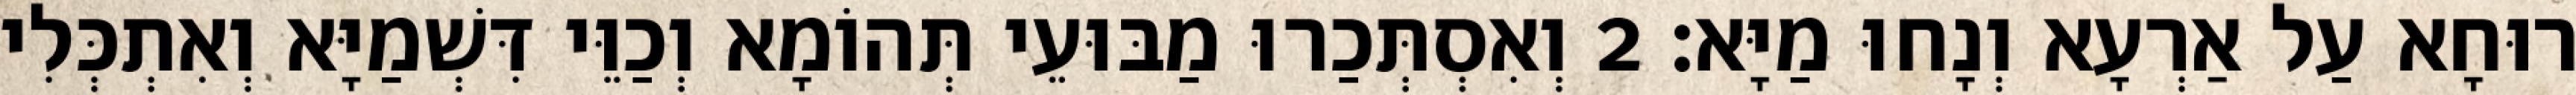
רוּחָא עַל אַרְעָא וְנָחוּ מַיָּא׃ 2 וְאִסְתְּכַרוּ מַבּוּעֵי תְּהוֹמָא וְכַוֵּי דִּשְׁמַיָּא וְאִתְכְּלִי